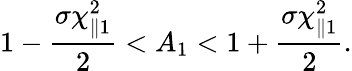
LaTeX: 1-\frac{\sigma\chi_{\parallel 1}^{2}}{2}<A_{1}<1+\frac{\sigma\chi_{\parallel 1}^{2}}{2}.